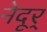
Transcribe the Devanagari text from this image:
नेदूर्